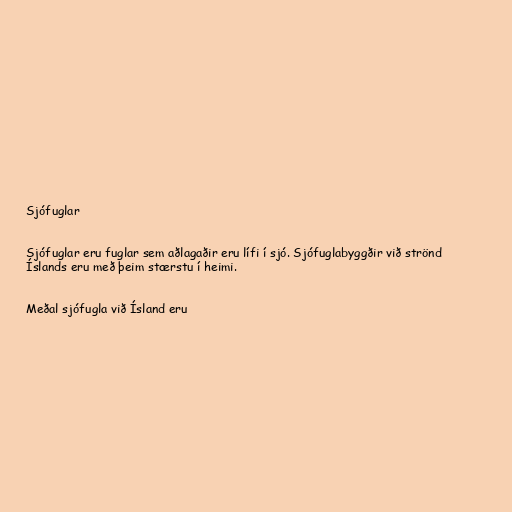
Sjófuglar

Sjófuglar eru fuglar sem aðlagaðir eru lífi í sjó. Sjófuglabyggðir við strönd
Íslands eru með þeim stærstu í heimi.

Meðal sjófugla við Ísland eru